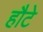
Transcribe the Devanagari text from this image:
हौटे